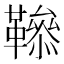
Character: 𩍑